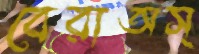
বেরাঅস্